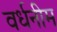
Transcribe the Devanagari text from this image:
वर्धनीम